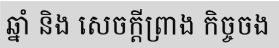
ឆ្នាំ និង សេចក្តីព្រាង កិច្ចចង